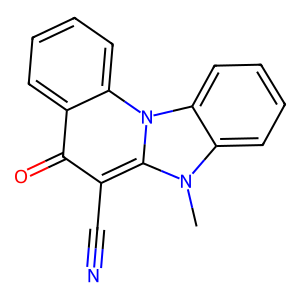
SMILES: Cn1c2ccccc2n2c3ccccc3c(=O)c(C#N)c12
Inhibits HIV replication: No